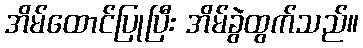
အိမ်ထောင်ပြုပြီး အိမ်ခွဲထွက်သည်။